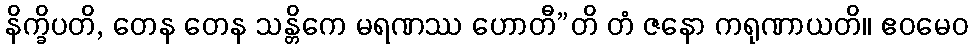
နိက္ခိပတိ, တေန တေန သန္တိကေ မရဏဿ ဟောတီ”တိ တံ ဇနော ကရုဏာယတိ။ ဧဝမေဝ